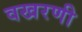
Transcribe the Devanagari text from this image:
वखरणी